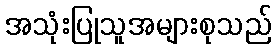
အသုံးပြုသူအများစုသည်